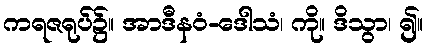
ကရဇရုပ်၌။ အာဒီနဝံ-ဒေါသံ၊ ကို။ ဒိသွာ၊ ၍။